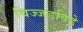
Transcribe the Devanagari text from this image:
विज्जडविडे